Vaccination Hyderabad 1872-1889 - 1872-1889
Year: 1872
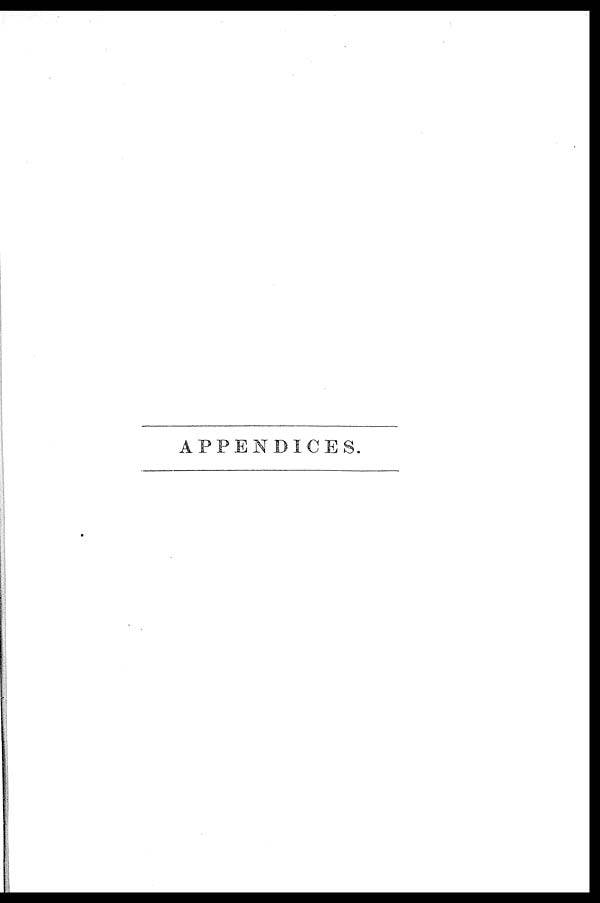
APPENDICES.